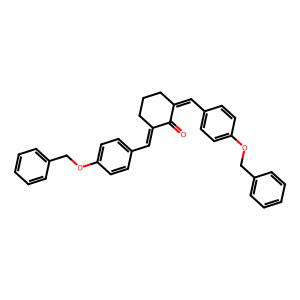
SMILES: O=C1C(=Cc2ccc(OCc3ccccc3)cc2)CCCC1=Cc1ccc(OCc2ccccc2)cc1
Inhibits HIV replication: No